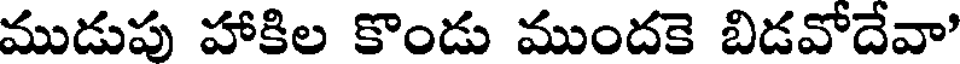
ముడుపు హాకిల కొండు ముందకె బిడవోదేవా'